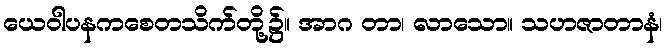
ယေဝါပနကစေတသိက်တို့၌။ အာဂ တာ၊ လာသော။ သဟဇာတာနံ၊